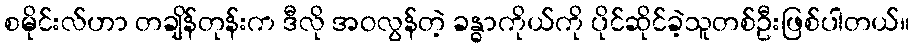
စမိုင်းလ်ဟာ တချိန်တုန်းက ဒီလို အဝလွန်တဲ့ ခန္ဓာကိုယ်ကို ပိုင်ဆိုင်ခဲ့သူတစ်ဦးဖြစ်ပါတယ်။